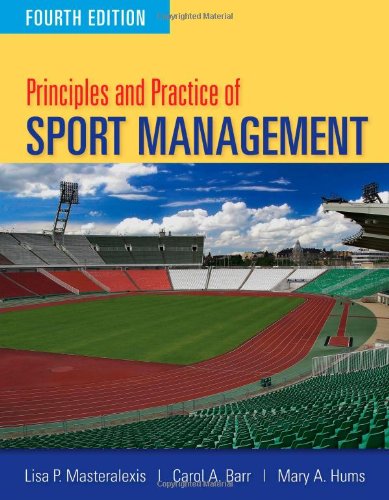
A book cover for Principles And Practice Of Sport Management; Lisa P. Masteralexis; Business & Money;